Eesti_Vabariigi_Tartu_Ulikool, lk 19
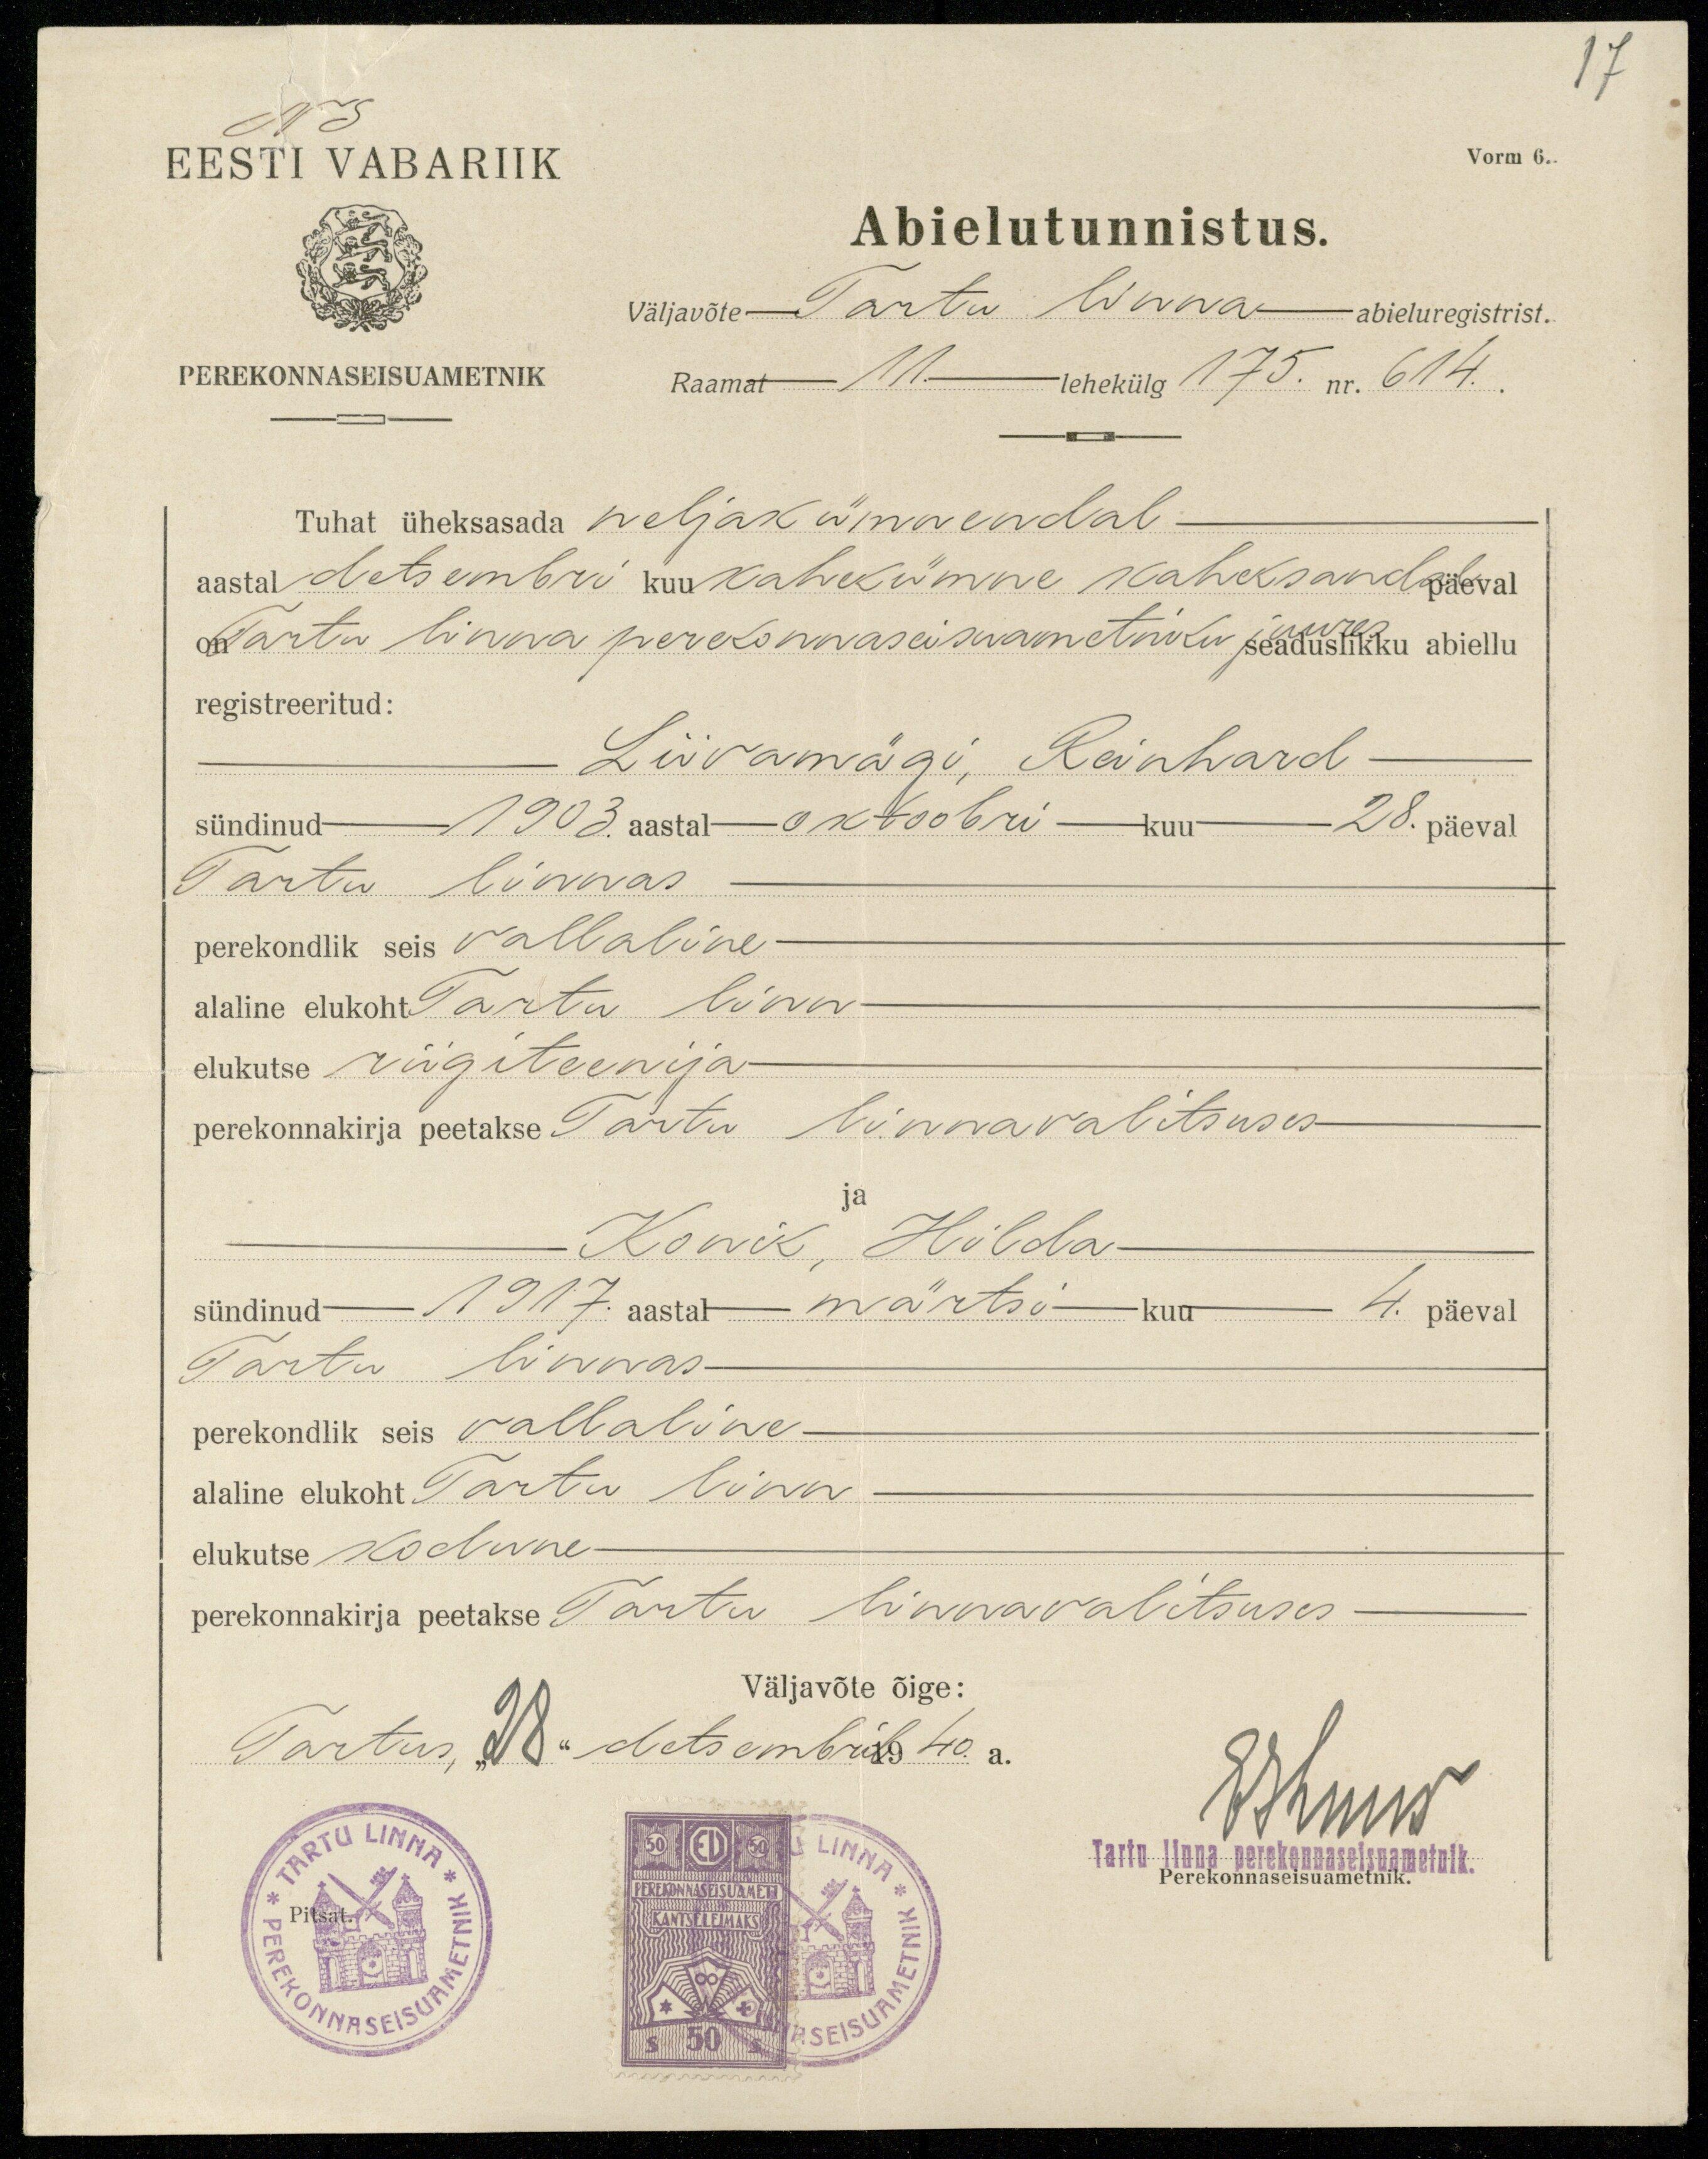
17
EESTI VABARIIK
Vorm 6.
Abielutunnistus.
väljavõte Tartu linna abieluregistrist.
PEREKONNASEISUAMETNIK
Raamat 11 lehekülg 175. nr. 614.
Tuhat üheksasada neljakümmendal
aastal detsembri kuu kahekümne kaheksandal päeval
on Tartu linna perekonnaseisuametniku juures seaduslikku abiellu
registreeritud:
Liivamägi, Reinhard
sündinud 1903. aastal oktoobri kuu 28. päeval
Tartu linnas
perekondlik seis vallaline-
alaline elukoht Tartu linn
elukutse riigiteenija
perekonnakirja peetakse Tartu Linnavalitsuses
ja
Konik, Hilda
sündinud 1917. aastal märtsi-kuu 4. päeval
Tartu linnas-
perekondlik seis vallaline
alaline elukoht Tartu Linn
elukutse Kodune
perekonnakirja peetakse Tartu hinnavalitsuses
Väljavõte õige:
Tartus, "28" detsembril 1940 a.
Ethnus
Tartu linna perekonnaseisuametnik
Perekonnaseisuametnik